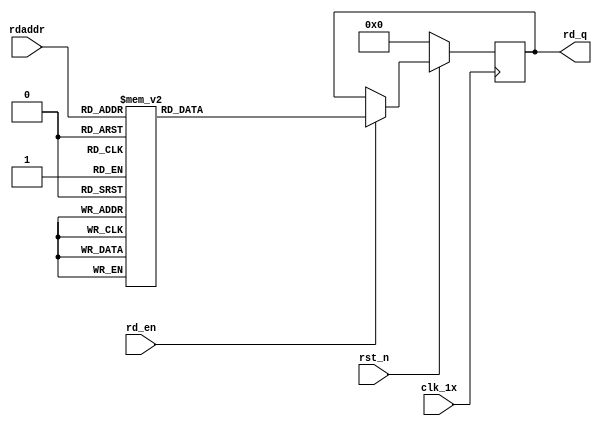
`timescale 1ns / 1ps
module F_normal_t12_next_Rom7(
input	          							clk_1x,
input	          							rst_n,
//////////////////////////////////////////////////////////////
input										rd_en,
input				[4:0]				rdaddr,
output		reg			[191:0]				rd_q
);

always @(posedge clk_1x)begin
	if(~rst_n)begin
		rd_q <= 192'b0;
	end
	else if(rd_en == 1'b1)begin
		case(rdaddr)
			5'h17: rd_q <= 192'b110001000100011110011110111100000111001100011111111010101111101100100010110111000011011010001011000100000111000010011111110101111011010000001100101101100100100011000100100010110001001000001011;
			5'h16: rd_q <= 192'b010100110110001000010000001110101000000010100011011000010011101000000010001000100101001000101011111000011010001010110110000010110110111110010101101101010010011100101010100000100000111011000011;
			5'h15: rd_q <= 192'b000101111011000000100001100110001110100010010010010010100100110110100110110111111101101110011111101110111011011101101110010101011000001010100001000111000001111011001001100111110010101010111101;
			5'h14: rd_q <= 192'b110011010001011111011000110101001011001001110000011010011000101101100010111000110110011011110010111001101010000111000000000100010001001111000010111001010010011111001000010111100000100001000101;
			5'h13: rd_q <= 192'b001110001110100011010011010000011010001010000101010010110001110000101110000001001110100100110000010000100001110111110100111001001000101101000000010110000001100100010100000101101010011111011100;
			5'h12: rd_q <= 192'b101001001110101011101110100110100011101110111100111111110110000111101100011010110101101001100011000010010100101101000011000100011011110000101010000110111001001001011010100111001101110010010100;
			5'h11: rd_q <= 192'b000001111001100110111000111011011010110101000110101100111110100101100101011001001110111000111011101110111101000011101100110110110100000001111000011110111100101010011100010100010001111111111111;
			5'h10: rd_q <= 192'b111110010000100101101100010100111000100110011001010111000110010111101001001100011011111010111010110110011011001100000111101011011001100001001000001110011000001011110111010001010001100010111010;
			5'h0f: rd_q <= 192'b110000011101001000111000000111100100000110001010101110001111111111000000110110111110000110111100111010000010101000110001011000100111010011000011100100110011110010001100111100001111010101101001;
			5'h0e: rd_q <= 192'b101110010010100111001000111111010111010001110100100011110000111110011100100001011011000110110100100100001011000110000011010100110110100110110101110010110110100100000100101010001101011010000000;
			5'h0d: rd_q <= 192'b111001110001001101101001101011100001001011010101100101100100111110011110100011000010100110001010101011111010010001000010100010010110101111100011100011111110101010101000011101001100110010100100;
			5'h0c: rd_q <= 192'b101101101011101011111001001010100110011100000010100011011100100010100100111010001100110111100111011000010111001100101011111101100011010101010011010111001010001110001101000110011011010000110110;
			5'h0b: rd_q <= 192'b011110011011101011000101110011101001111110001110011001010101110010001111111100010111001111000010111011111111110100110001110010100011000011011110100101001101011111010110001011000110111101111000;
			5'h0a: rd_q <= 192'b000100101111011001010110110011110111110110010001101011000001000101000111101111001110111000110111000100000011101000101100011000000010111010101001001110100111001011110011111011110010011010100110;
			5'h09: rd_q <= 192'b111100011001010010100001001110000011111100010001110110011000010110011101101010001100100001000000110010100100010001101100001000111100010100011011000011101100010000011110101101001100001100101111;
			5'h08: rd_q <= 192'b000000101010000001101001001000000110111001011110110101011001011100000110111110111100101100100000110110101001000011111110010001100001111101010110001001111001001000000000100110011001010110011010;
			5'h07: rd_q <= 192'b000111110110100101000001011001000110011000100100111001010000011010000111011000001010110011111100101011111101000011011101010100110010100111101100001110011000101100101101001010110101010010001010;
			5'h06: rd_q <= 192'b011100000101010011100000011100111000100000001000010100100000111001001100010010110111010000000001100111010101100101111010100101000110011110001110110110011100000111101100100100001101100011111100;
			5'h05: rd_q <= 192'b011110101110001010000010110101100101110111011111111010000000100001001011010111011001001011001011111001010110110111001000010101110111101001101110011000011011101000110011010010000010011110000101;
			5'h04: rd_q <= 192'b101011000010000001000110010011100011100000011011111101110011110101110100101101011010110111100010111011011011000010110010011000111110100111100110110100111010110010101000001001011110011110111000;
			5'h03: rd_q <= 192'b100001100101110010101100000110010110010101000111001010100010001111111111110111110101000011001111101001101001011011101011011011001010001110111111001001010000010010101001010110010111100101100101;
			5'h02: rd_q <= 192'b111001101110001101001000010010100011101100011011111001100010111100110011110011010101001000110011101000101010010000001100000001110100000001011000100100010111000010000110010110111101110111000011;
			5'h01: rd_q <= 192'b000101110000010110100000110000001001100000101001111100101100101010110011111011100011010010011111101000111111010001101000111011111000111010001110110100010011101010011110001100111111001101101110;
			5'h00: rd_q <= 192'b101101011101010001000110111000101001001000110110111101100010011100100011100000011110110101001010100110000001001110101000000100000111101101010100000110010001010111011010001010100011001010011000;
		default:rd_q <= 192'b0;
		endcase
	end
end

endmodule